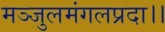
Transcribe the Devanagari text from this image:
मञ्जुलमंगलप्रदा।।